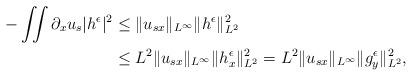
LaTeX: \begin{align*}\begin{aligned}-\iint \partial_x u_s |h^\epsilon|^2 &\leq \Vert u_{sx}\Vert_{L^\infty}\Vert h^\epsilon\Vert_{L^2}^2\\&\leq L^2 \Vert u_{sx}\Vert_{L^\infty}\Vert h^\epsilon_x\Vert_{L^2}^2=L^2 \Vert u_{sx}\Vert_{L^\infty}\Vert g^\epsilon_y\Vert_{L^2}^2,\end{aligned}\end{align*}